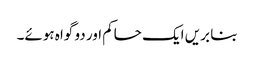
بنا بریں ایک حاکم اور دو گواہ ہوئے۔